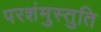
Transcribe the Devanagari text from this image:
परशंमुस्तुति